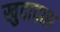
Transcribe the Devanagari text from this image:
खुदादास